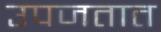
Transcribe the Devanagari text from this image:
उपजतात